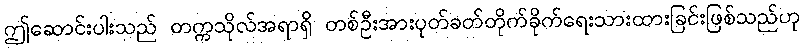
ဤဆောင်းပါးသည် တက္ကသိုလ်အရာရှိ တစ်ဦးအားပုတ်ခတ်တိုက်ခိုက်ရေးသားထားခြင်းဖြစ်သည်ဟု